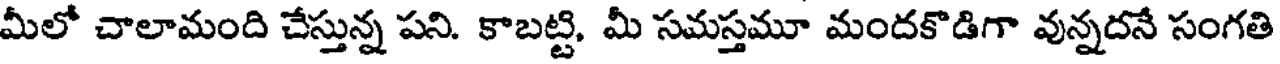
మీలో చాలామంది చేస్తున్న పని. కాబట్టి, మీ సమస్తమూ మందకొడిగా వున్నదనే సంగతి